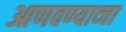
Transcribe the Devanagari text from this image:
आणवण्याव्चा